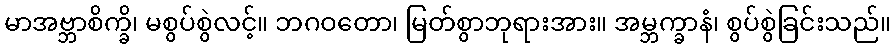
မာအဗ္ဘာစိက္ခိ၊ မစွပ်စွဲလင့်။ ဘဂဝတော၊ မြတ်စွာဘုရားအား။ အမ္ဘက္ခာနံ၊ စွပ်စွဲခြင်းသည်။